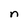
Character: n